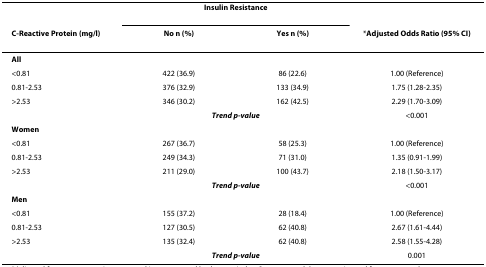
|  | <COLSPAN=2> Insulin Resistance |  |
 | C-Reactive Protein (mg/l) | No n (%) | Yes n (%) | *Adjusted Odds Ratio (95% CI) |
 | --- | --- | --- | --- |
 | All |  |  |  |
 | <0.81 | 422 (36.9) | 86 (22.6) | 1.00 (Reference) |
 | 0.81-2.53 | 376 (32.9) | 133 (34.9) | 1.75 (1.28-2.35) |
 | >2.53 | 346 (30.2) | 162 (42.5) | 2.29 (1.70-3.09) |
 |  | <COLSPAN=2> Trend p-value | <0.001 |
 | Women |  |  |  |
 | <0.81 | 267 (36.7) | 58 (25.3) | 1.00 (Reference) |
 | 0.81-2.53 | 249 (34.3) | 71 (31.0) | 1.35 (0.91-1.99) |
 | >2.53 | 211 (29.0) | 100 (43.7) | 2.18 (1.50-3.17) |
 |  | <COLSPAN=2> Trend p-value | <0.001 |
 | Men |  |  |  |
 | <0.81 | 155 (37.2) | 28 (18.4) | 1.00 (Reference) |
 | 0.81-2.53 | 127 (30.5) | 62 (40.8) | 2.67 (1.61-4.44) |
 | >2.53 | 135 (32.4) | 62 (40.8) | 2.58 (1.55-4.28) |
 |  | <COLSPAN=2> Trend p-value | 0.001 |